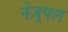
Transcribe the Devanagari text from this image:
नेज़्पल